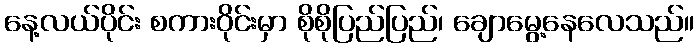
နေ့လယ်ပိုင်း စကားဝိုင်းမှာ စိုစိုပြည်ပြည်၊ ချောမွေ့နေလေသည်။